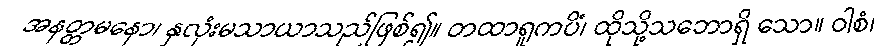
အနတ္တမနော၊ နှလုံးမသာယာသည်ဖြစ်၍။ တထာရူကပိံ၊ ထိုသို့သဘောရှိ သော။ ဝါစံ၊